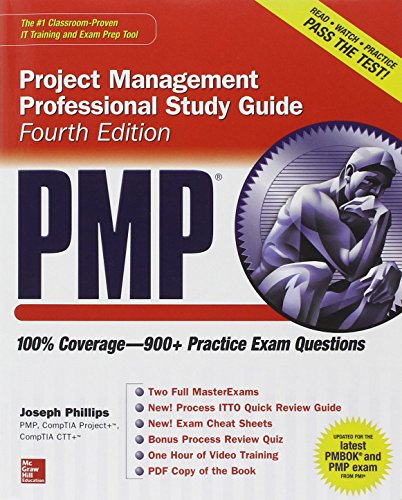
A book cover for PMP Project Management Professional Study Guide, Fourth Edition (Certification Press); Joseph Phillips; Test Preparation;